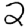
Digit: 2